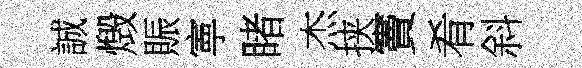
誠燬賑寕睹杰挟竇肴斜